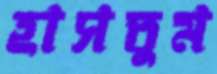
হাসতুম